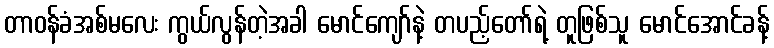
တာဝန်ခံအစ်မလေး ကွယ်လွန်တဲ့အခါ မောင်ကျော်နဲ့ တပည့်တော်ရဲ့ တူဖြစ်သူ မောင်အောင်ခန့်